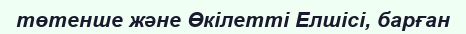
төтенше және Өкілетті Елшісі, барған